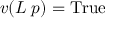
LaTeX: v ( L \; p ) = { \mathrm { T r u e } }